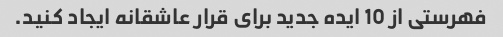
فهرستی از 10 ایده جدید برای قرار عاشقانه ایجاد کنید.